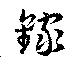
録